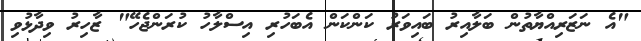
"އެ ނަޒަރިއްޔާތުން ބަލާއިރު ބައިވަރު ކަންކަން އެބަހުރި އިސްލާހު ކުރަންޖެހޭ" ޒާހިރު ވިދާޅުވި